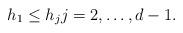
LaTeX: \begin{align*} h_1 \le h_j j = 2, \dots, d-1.\end{align*}